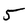
Character: 5